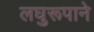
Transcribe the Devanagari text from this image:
लघुरूपाने